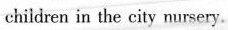
much as children in the city nursery.